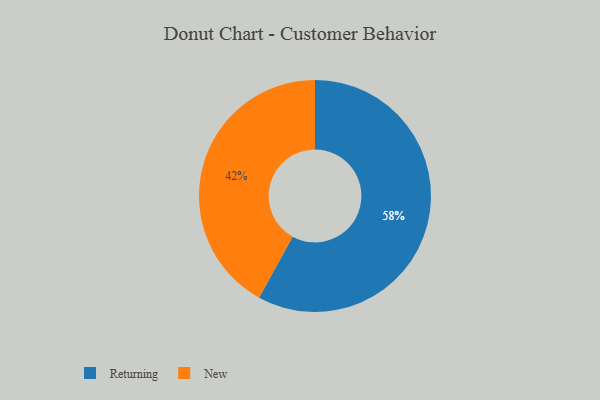
{"axis": {"x": "Category", "y": "Percentage"}, "legend": ["New", "Returning"], "data": [{"x": "New", "y": 42, "type": "New"}, {"x": "Returning", "y": 58, "type": "Returning"}]}